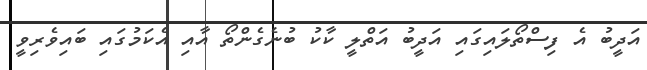
އަދީބު އެ ފިސްތޯލައިގައި އަދީބު އަތްލީ ކާކު ބުނެގެންތޯ އާއި އެކަމުގައި ބައިވެރިވީ